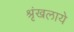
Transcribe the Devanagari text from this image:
श्रृंखलाये